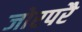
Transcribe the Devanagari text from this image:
जोरपरै